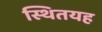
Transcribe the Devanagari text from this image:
स्थितयह